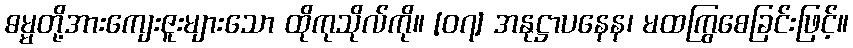
ဓမ္မတို့အားကျေးဇူးများသော ထိုကုသိုလ်ကို။ [၀၇] အနုဋ္ဌာပနေန၊ မထကြွစေခြင်းဖြင့်။